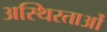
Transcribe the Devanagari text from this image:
अस्थिरताओं